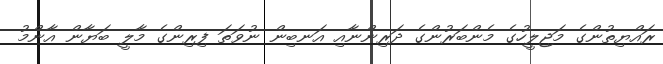
ރައްޔިތުންގެ މަޖިލީހުގެ މެންބަރުންގެ ދަރިންނާއި އަނބިން ނުވަތަ ފިރިންގެ މާލީ ބަޔާން އާންމު